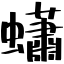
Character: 蠨